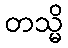
တသ္မိ